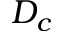
D _ { c }